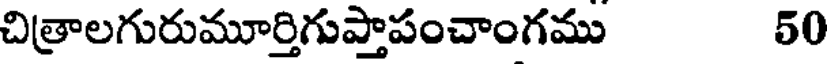
చిత్రాలగురుమూర్తిగుప్తాపంచాంగము 50